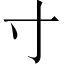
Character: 寸